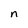
Character: n